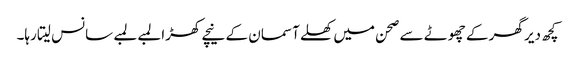
کچھ دیر گھر کے چھوٹے سے صحن میں کھلے آسمان کے نیچے کھڑا لمبے لمبے سانس لیتا رہا۔